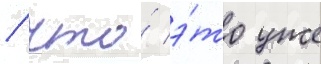
/ что́ э́то уже